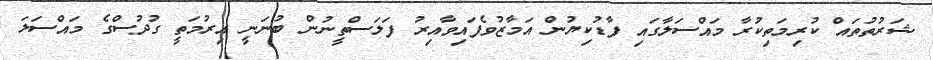
ޝަރުތުތައް ކުރިމަތިކުރާ މައްސަލާގައި ފާޑުކިޔުން އަމާޒުވެފައިވާއިރު ފަލަސްތީނުން ބުނަނީ އިރުމަތީ ގުދުސްގެ މައްސަލަ